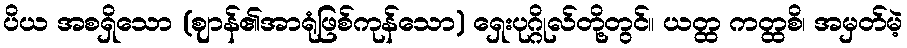
ပိယ အစရှိသော (ဈာန်၏အာရုံဖြစ်ကုန်သော) ရှေးပုဂ္ဂိုလ်တို့တွင်။ ယတ္ထ ကတ္ထစိ၊ အမှတ်မဲ့